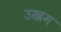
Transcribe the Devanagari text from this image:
उखम